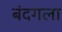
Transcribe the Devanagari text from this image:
बंदगला